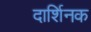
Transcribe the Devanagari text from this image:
दार्शिनक